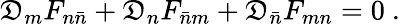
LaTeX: \mathfrak{D}_{m}F_{n\bar{{n}}}+\mathfrak{D}_{n}F_{\bar{{n}}m}+\mathfrak{D}_{\bar{{n}}}F_{mn}=0\ .